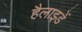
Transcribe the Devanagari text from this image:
हैलाइडें